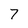
Character: 7